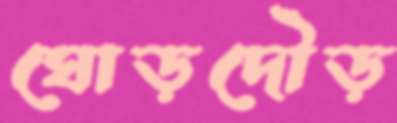
ঘোড়দৌড়